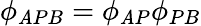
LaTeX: \phi_{\mathit{A}PB}=\phi_{\mathit{A}P}\phi_{PB}